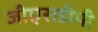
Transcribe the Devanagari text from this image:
जीएसडीपी